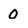
Character: o